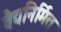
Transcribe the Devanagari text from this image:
वैद्यनिर्मित